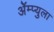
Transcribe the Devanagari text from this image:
ॲेम्प्युला